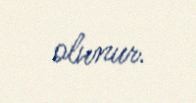
olunur.